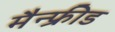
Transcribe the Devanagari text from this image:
मैन्फ्रीड